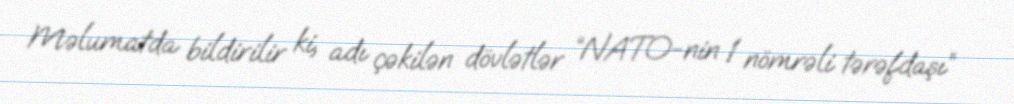
Məlumatda bildirilir ki, adı çəkilən dövlətlər “NATO-nin 1 nömrəli tərəfdaşı”